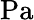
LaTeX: \mathrm{Pa}